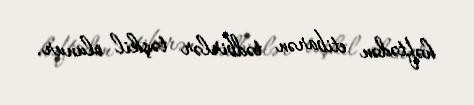
həftədən etibarən tədbirlər təşkil olunur.